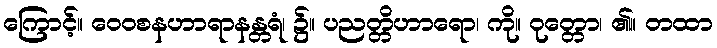
ကြောင့်။ ဝေဝစနဟာရာနန္တရံ၊ ၌။ ပညတ္တိဟာရော၊ ကို။ ဝုတ္တော၊ ၏။ တထာ